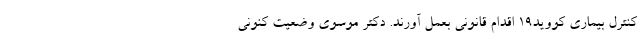
کنترل بیماری کووید۱۹ اقدام قانونی بعمل آورند. دکتر موسوی وضعیت کنونی